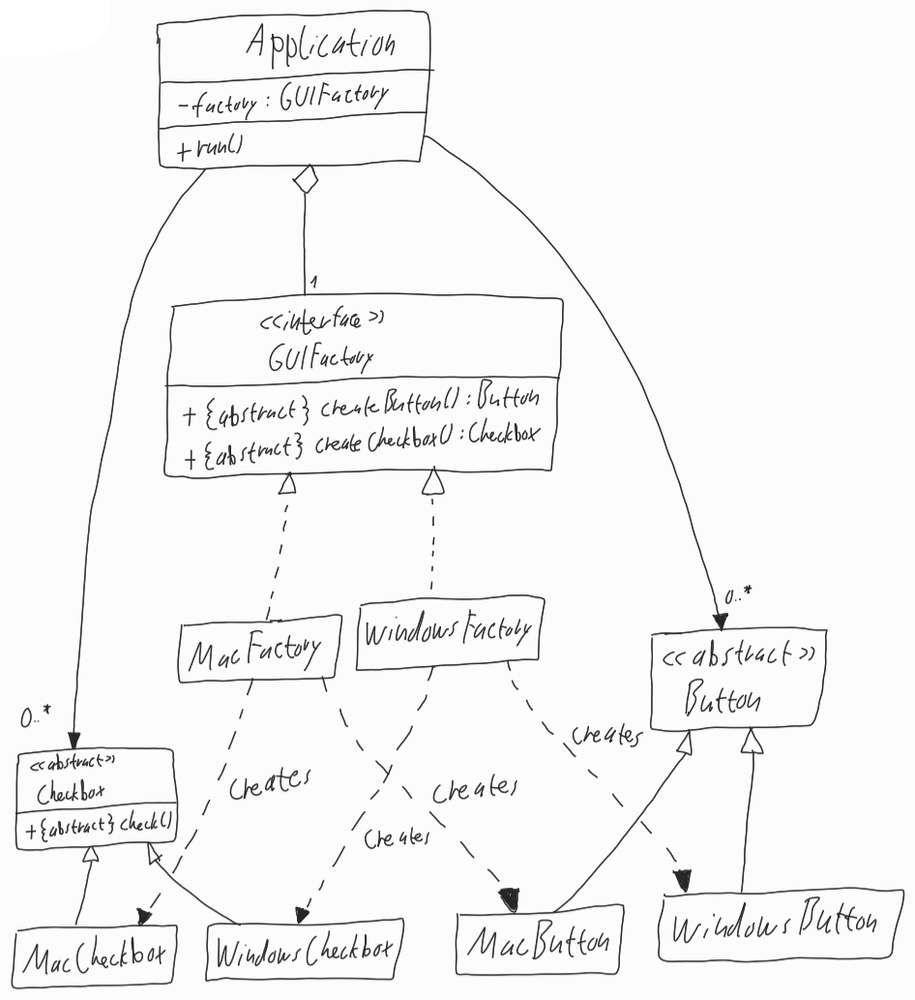
Diagram type: class_diagram
@startuml

class Application {
  - factory: GUIFactory
  + run()
}

interface GUIFactory {
  + {abstract} createButton(): Button
  + {abstract} createCheckbox(): Checkbox
}

class MacFactory implements GUIFactory
class WindowsFactory implements GUIFactory

abstract Button {
  + {abstract} click()
}

abstract Checkbox {
  + {abstract} check()
}

class MacButton extends Button
class WindowsButton extends Button

class MacCheckbox extends Checkbox
class WindowsCheckbox extends Checkbox

Application o-- "1" GUIFactory
Application --> "0..*" Button
Application --> "0..*" Checkbox

MacFactory ..> MacButton : creates
MacFactory ..> MacCheckbox : creates

WindowsFactory ..> WindowsButton : creates
WindowsFactory ..> WindowsCheckbox : creates

@enduml